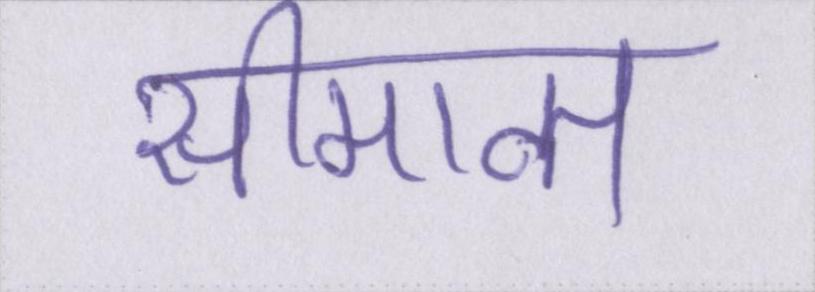
सीमान्त